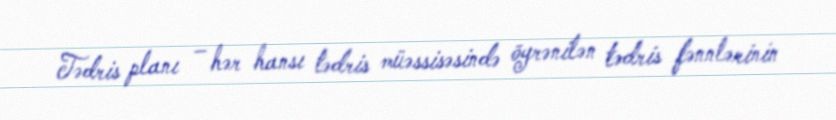
Tədris planı – hər hansı tədris müəssisəsində öyrənilən tədris fənnlərinin